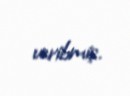
veribmiş.